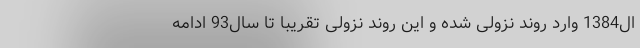
ال1384 وارد روند نزولی شده و این روند نزولی تقریبا تا سال93 ادامه